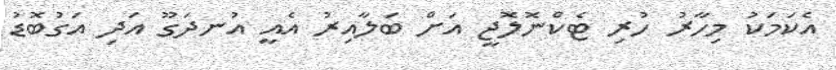
އެކަމަކު މިހާރު ހުރި ޓެކްނޮލޮޖީ އަށް ބަލާއިރު އެއީ އުނދަގޫ އަދި އަގުބޮޑު